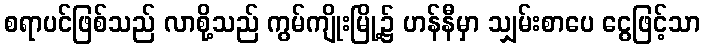
စရာပင်ဖြစ်သည် လာစို့သည် ကွမ်ကျိုးမြို့၌ ဟန်နီမှာ သျှမ်းစာပေ ငွေဖြင့်သာ